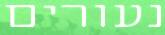
נעורים